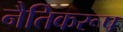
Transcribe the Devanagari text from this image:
नैतिकरूप